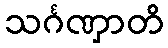
သင်္ဂဏှာတိ